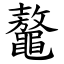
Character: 鼇